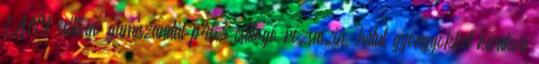
LÁNY csillogó gumiszandál p463 csillogó rózsaszín, hátul gyöngyökkel kirakva